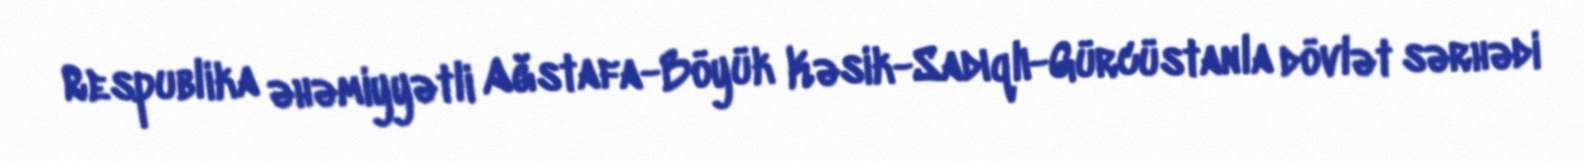
Respublika əhəmiyyətli Ağstafa-Böyük Kəsik-Sadıqlı-Gürcüstanla dövlət sərhədi